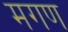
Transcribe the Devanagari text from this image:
मगण